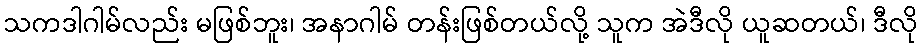
သကဒါဂါမ်လည်း မဖြစ်ဘူး၊ အနာဂါမ် တန်းဖြစ်တယ်လို့ သူက အဲဒီလို ယူဆတယ်၊ ဒီလို